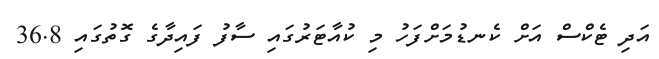
އަދި ޓެކްސް އަށް ކެނޑުމަށްފަހު މި ކުއާޓަރުގައި ސާފު ފައިދާގެ ގޮތުގައި 36.8